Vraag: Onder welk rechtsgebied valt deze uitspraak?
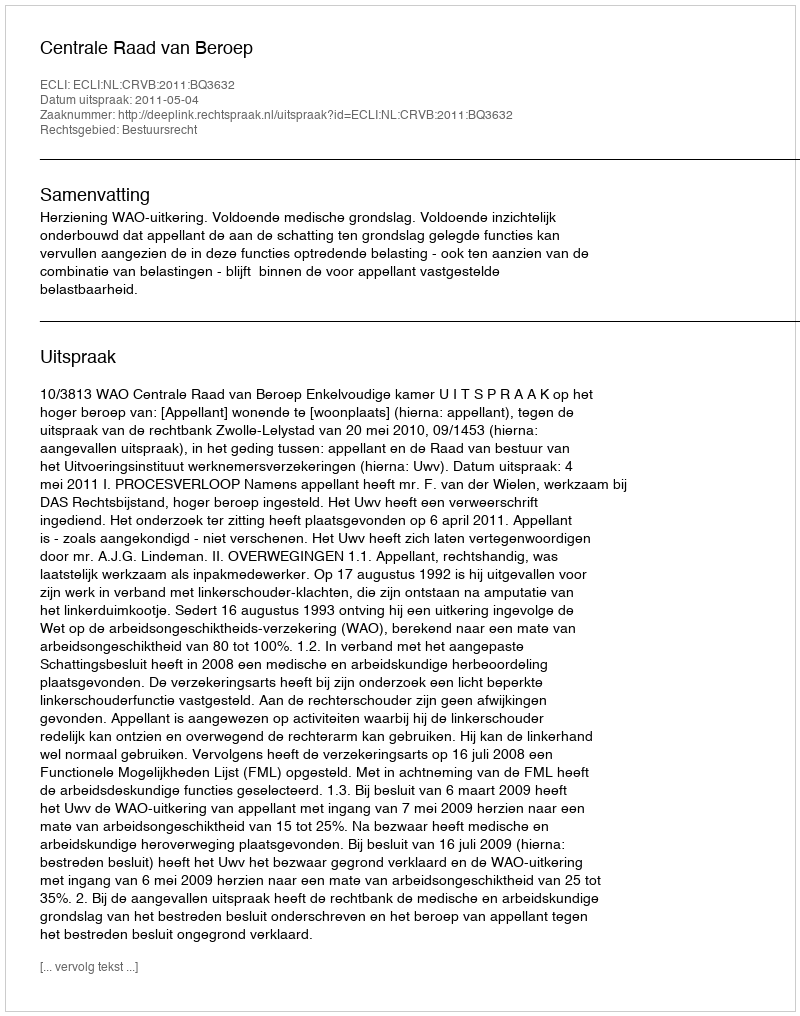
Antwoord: Bestuursrecht